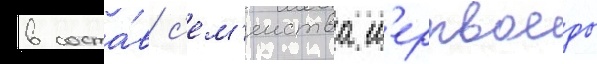
в соста́в с'ем'еиства м'ертвоеды